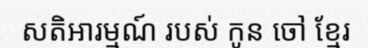
សតិអារម្មណ៍ របស់ កូន ចៅ ខ្មែរ